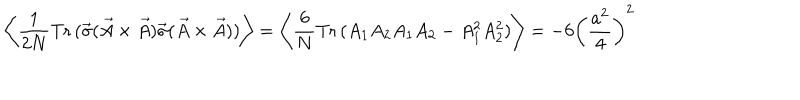
\left\langle \frac { 1 } { 2 N } \mathrm { T r } \, ( \vec { \sigma } ( \vec { A } \times \vec { A } ) \vec { \sigma } ( \vec { A } \times \vec { A } ) ) \right\rangle = \left\langle \frac { 6 } { N } \mathrm { T r } \, ( A _ { 1 } A _ { 2 } A _ { 1 } A _ { 2 } - A _ { 1 } ^ { 2 } A _ { 2 } ^ { 2 } ) \right\rangle = - 6 \left( \frac { a ^ { 2 } } { 4 } \right) ^ { 2 }